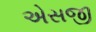
એસજી